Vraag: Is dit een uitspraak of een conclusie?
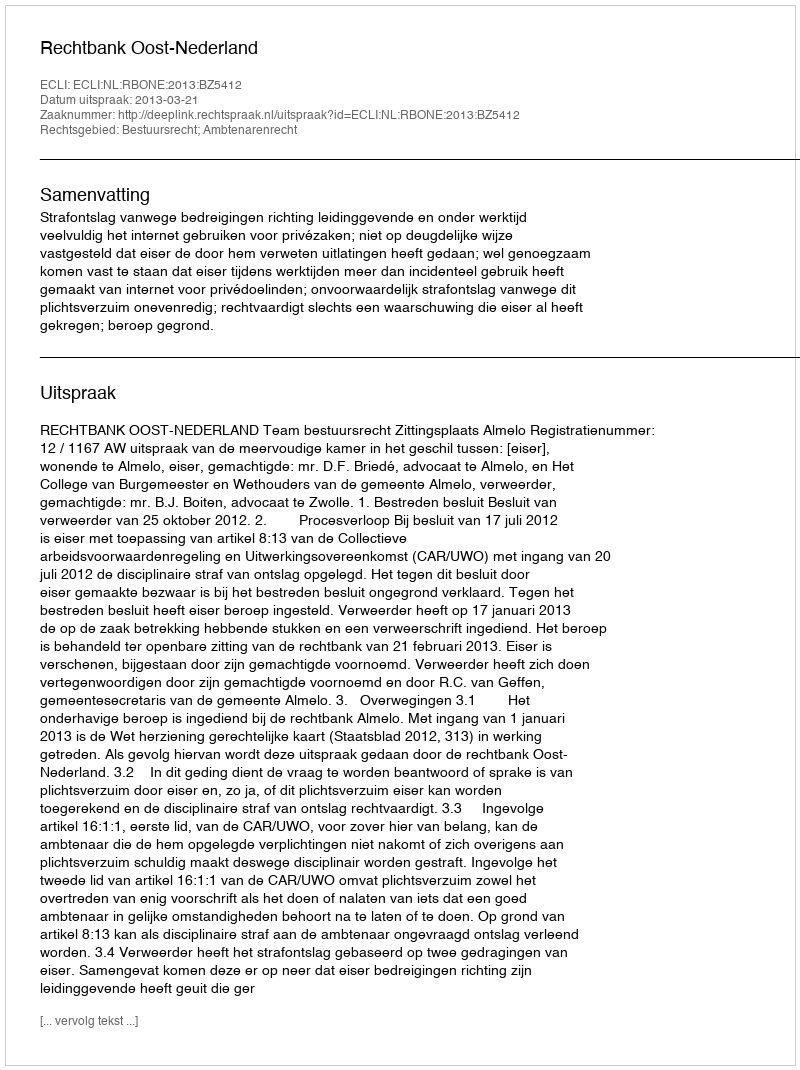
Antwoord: Uitspraak